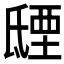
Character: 𣱐